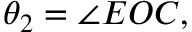
\theta _ { 2 } = \angle E O C ,